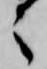
之